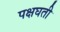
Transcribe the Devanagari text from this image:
पक्षघती